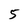
Character: 5